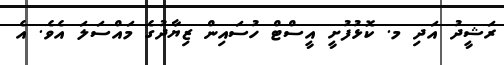
ރަޝީދު އަދި މ. ކޮޅުފުށީ އީސްޓް ހުސައިން ޒިޔާދުގެ މައްސަލަ އެވެ. އެ